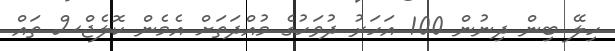
ހިލޭ ބިން ދިނުން 100 އަހަރު ދުވަހުގެ މުއްދަތަށް އެމެން ކޮލެޖްސް ތައް